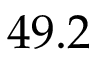
4 9 . 2